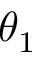
\theta _ { 1 }